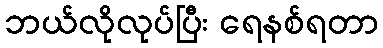
ဘယ်လိုလုပ်ပြီး ရေနစ်ရတာ